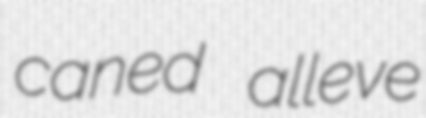
caned alleve